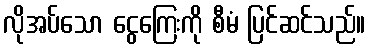
လိုအပ်သော ငွေကြေးကို စီမံ ပြင်ဆင်သည်။